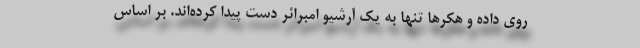
روی داده و هکرها تنها به یک آرشیو امبرائر دست پیدا کرده‌اند. بر اساس